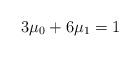
LaTeX: \begin{align*}3\mu_0 + 6\mu_1 = 1\end{align*}